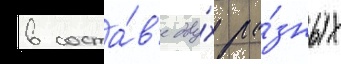
в соста́в'е дву́х ра́зных